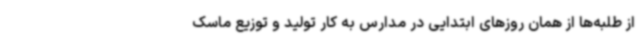
از طلبه‌ها از همان روزهای ابتدایی در مدارس به کار تولید و توزیع ماسک